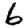
Digit: 6